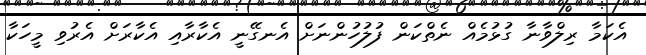
އެކަމާ ރިލްވާނާ ގުޅުމެއް ނެތްކަން ފުލުހުންނަށް އެނގޭނީ އެކާރާއި އެކާރަށް އެރުވި މީހަކާ